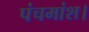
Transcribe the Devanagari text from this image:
पंचमांश।